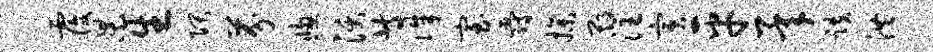
覆杲生隈芬窗沃等侏室爵操期注寅平承跌洪